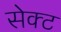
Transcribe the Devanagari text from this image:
सेक्‍ट